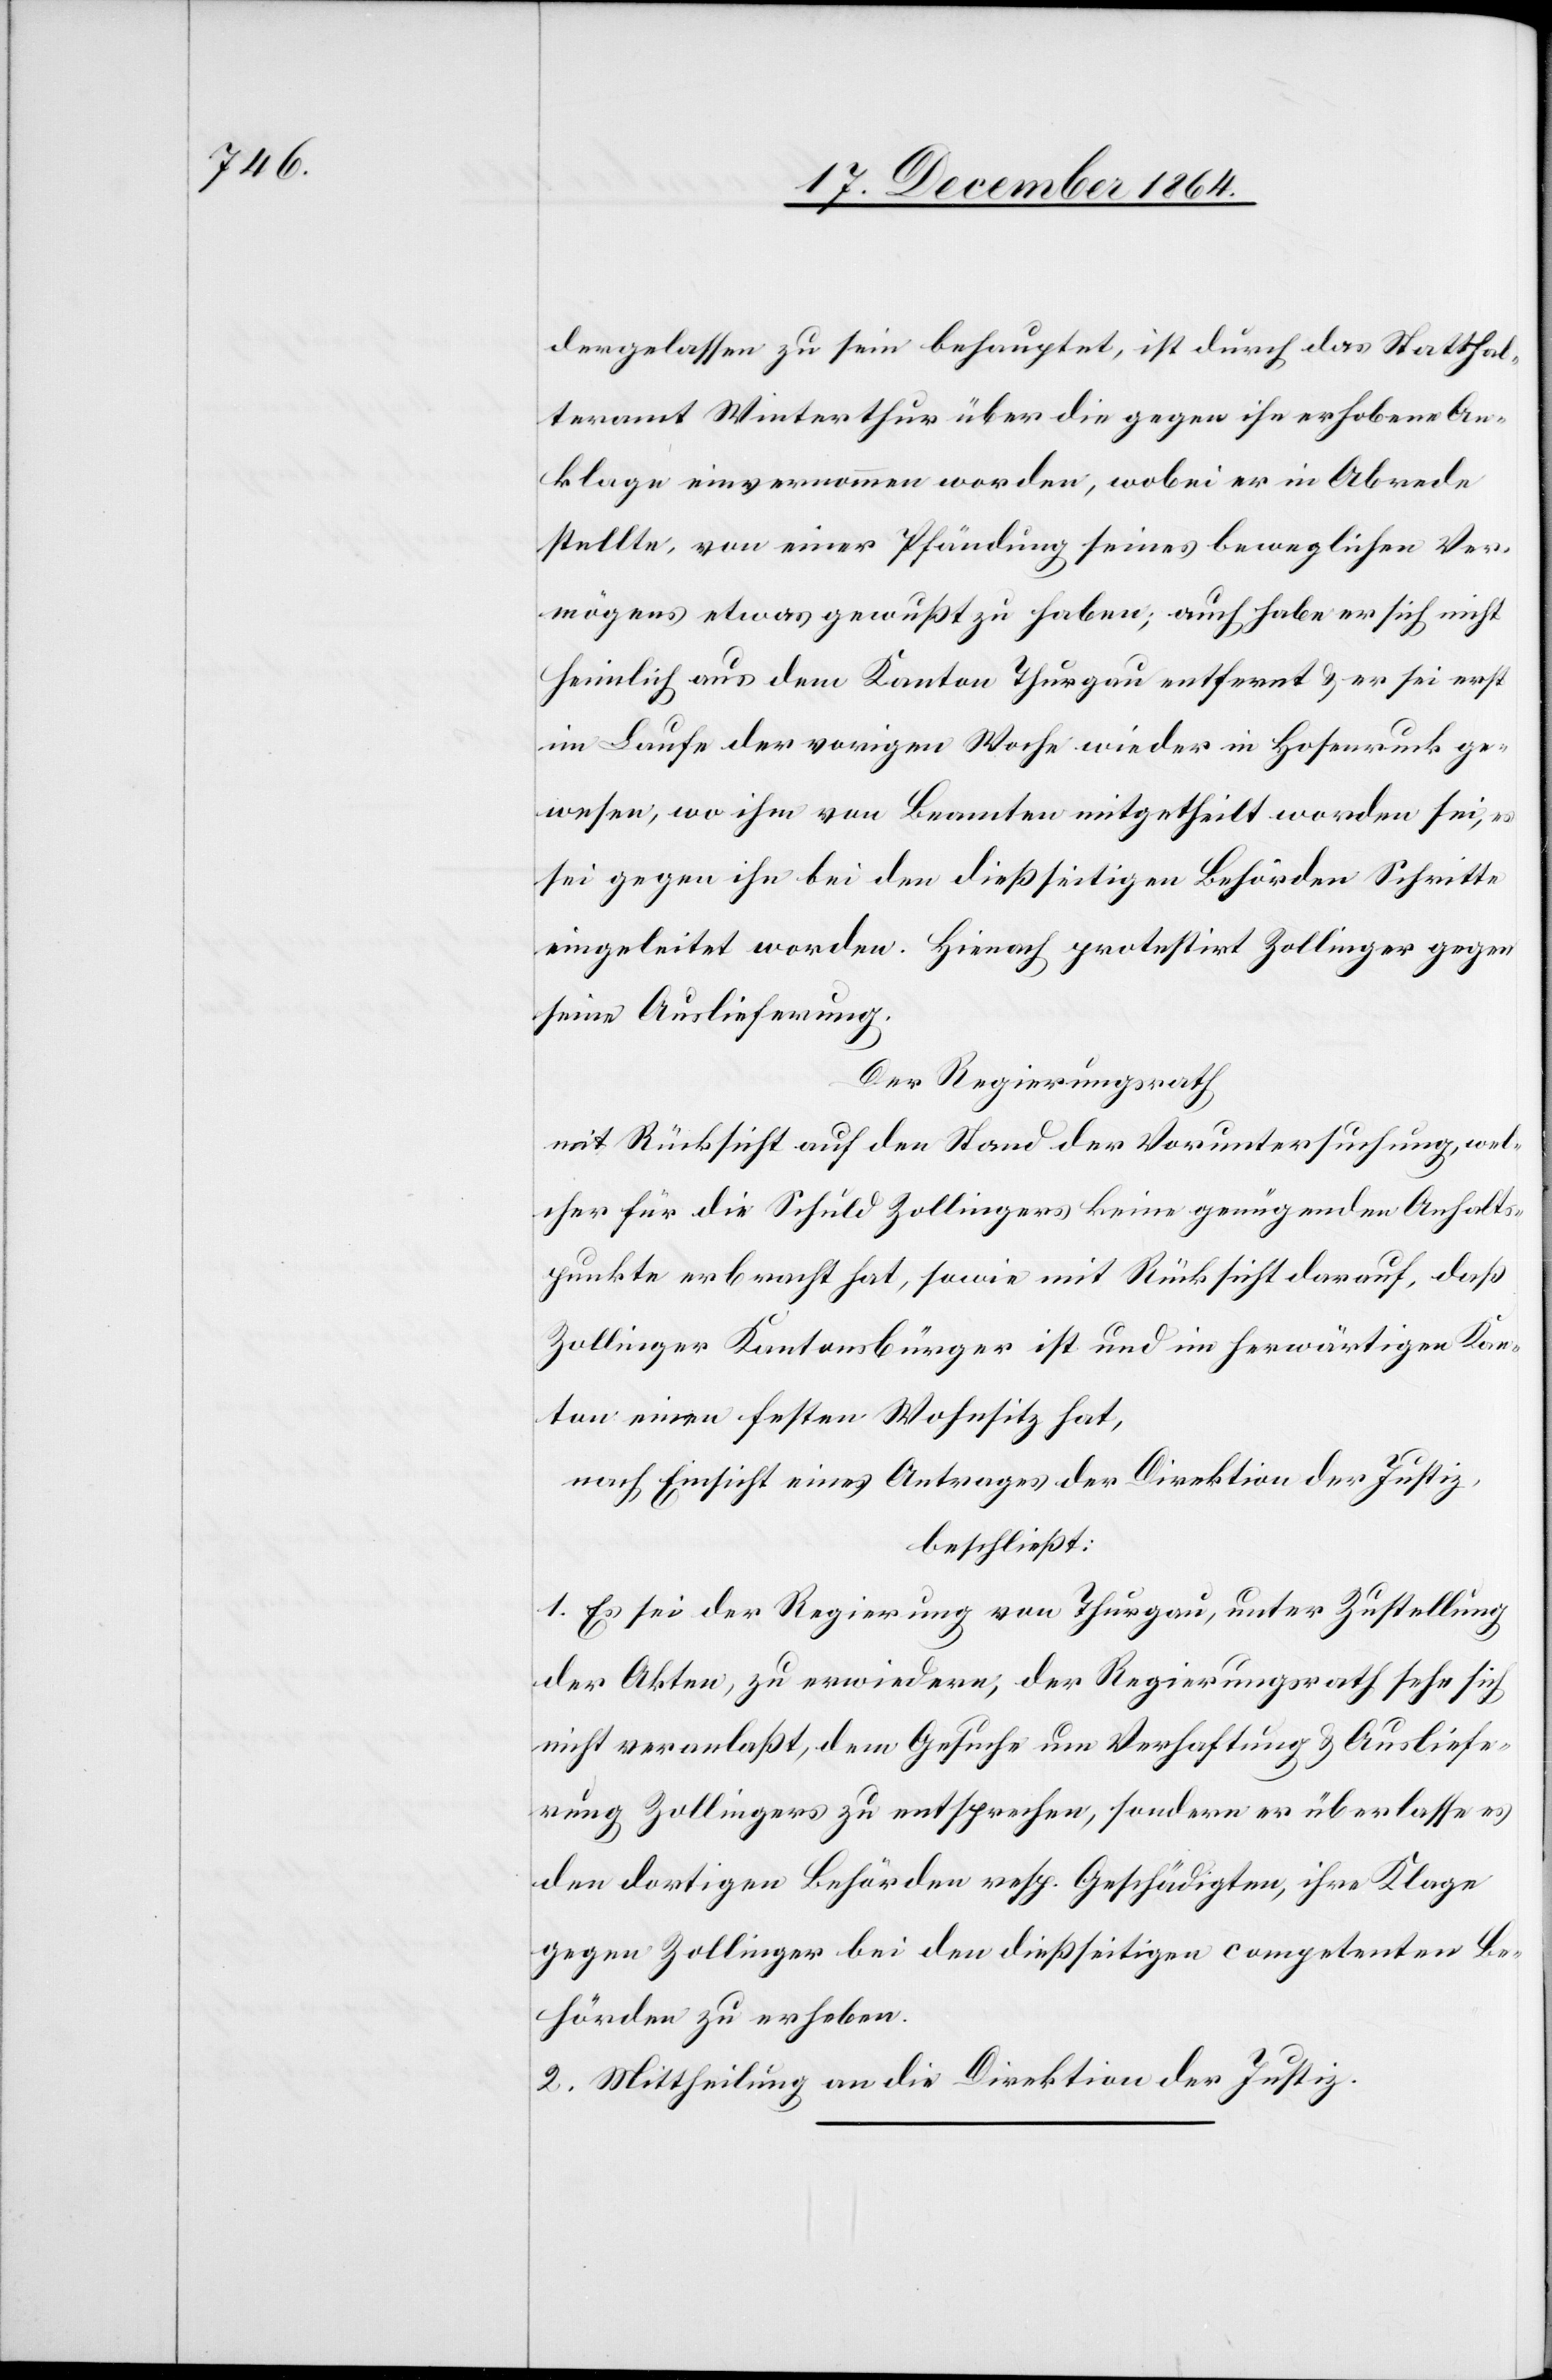
dergelassen zu sein behauptet, ist durch das Statthal¬
teramt Winterthur über die gegen ihn erhobene An¬
klage einvernommen worden, wobei er in Abrede
stellte, von einer Pfändung seines beweglichen Ver¬
mögens etwas gewußt zu haben; auch habe er sich nicht
heimlich aus dem Kanton Thurgau entfernt & er sei erst
im Laufe der vorigen Woche wieder in Hosenruck ge¬
wesen, wo ihm von Beamten mitgetheilt worden sei, es
sei[en] gegen ihn bei den dießseitigen Behörden Schritte
eingeleitet worden. Hienach protestirt Zollinger gegen
seine Auslieferung.
Der Regierungsrath,
mit Rücksicht auf den Stand der Voruntersuchung, wel¬
cher für die Schuld Zollingers keine genügenden Anhalts¬
punkte erbracht hat, sowie mit Rücksicht darauf, daß
Zollinger Kantonsbürger ist und im herwärtigen Dan¬
ton einen festen Wohnsitz hat,
nach Einsicht eines Antrages der Direktion der Justiz,
beschließt:
1. Es sei der Regierung von Thurgau, unter Zustellung
der Akten, zu erwiedern, der Regierungsrath sehe sich
nicht veranlaßt, dem Gesuche um Verhaftung & Ausliefe¬
rung Zollingers zu entsprechen, sondern er überlasse es
den dortigen Behörden resp. Geschädigten, ihre Klage
gegen Zollinger bei den dießseitigen competenten Be¬
hörden zu erheben.
2. Mittheilung an die Direktion der Justiz.